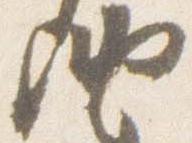
納